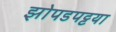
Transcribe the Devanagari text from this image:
झोपडपट्टया